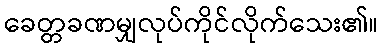
ခေတ္တခဏမျှလုပ်ကိုင်လိုက်သေး၏။